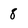
Character: 8